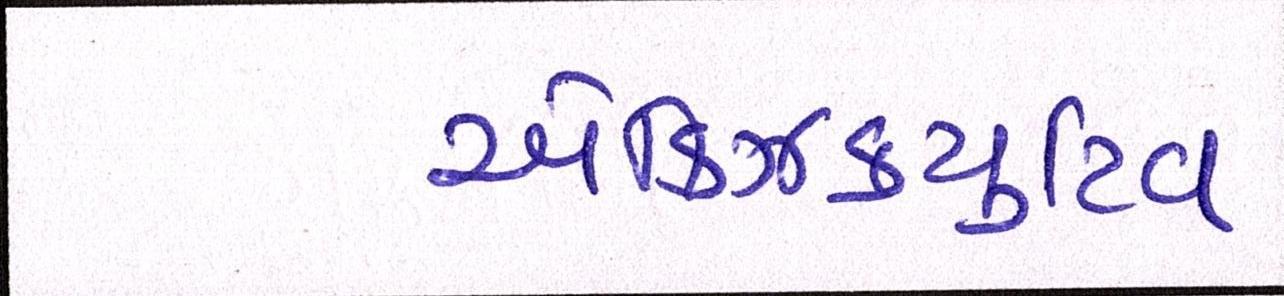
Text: એક્ઝિક્યુટિવ